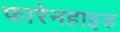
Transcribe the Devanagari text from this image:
फारेनहाइड